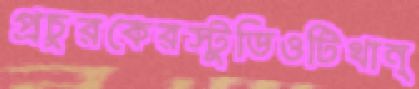
প্রচুরকেরস্টুডিওটিথান্